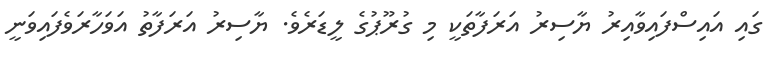
ގައި އައިސްފައިވާއިރު ޔާސިރު އަރަފާތަކީ މި ގުރޫޕުގެ ލީޑަރެވެ. ޔާސިރު އަރަފާތު އަވަހާރަވެފައިވަނީ